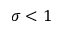
\sigma < 1